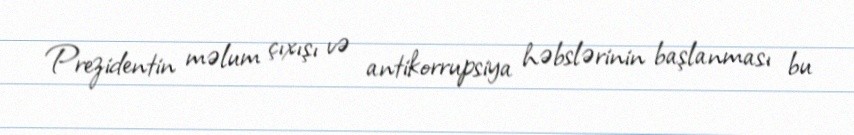
Prezidentin məlum çıxışı və antikorrupsiya həbslərinin başlanması bu